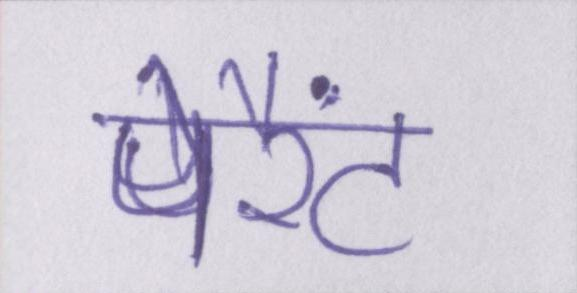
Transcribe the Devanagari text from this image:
पेरैंट